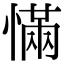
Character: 慲